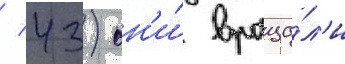
/ 43) он'и́ враща́л'и